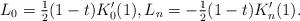
LaTeX: \begin{align*}L_0=\tfrac12(1-t) K'_0(1), L_n=-\tfrac12(1-t)K'_n(1).\end{align*}